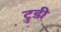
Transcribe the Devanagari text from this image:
ट्रुडी